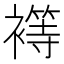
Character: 𮖴